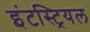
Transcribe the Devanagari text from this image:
इंटस्ट्रियल